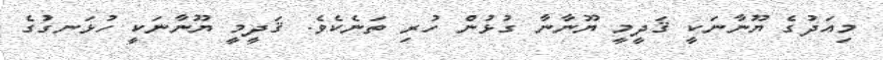
މިއަދުގެ ޔޫނާނަކީ ޤަދީމީ ޔޫނާނާ ގުޅުން ހުރި ތަނެކެވެ. ޤަދީމީ ޔޫނާނަކީ ހުޅަނގުގެ